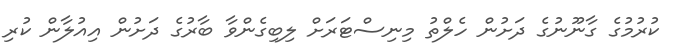
ކުރުމުގެ ގާނޫނުގެ ދަށުން ހެލްތު މިނިސްޓަރަށް ލިބިގެންވާ ބާރުގެ ދަށުން އިއުލާން ކުރި